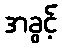
အခွင့်